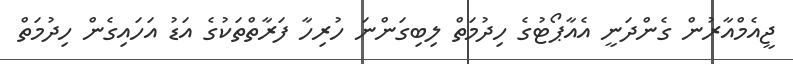
ޖީއެމްއާރުން ގެންދަނީ އެއާޕޯޓުގެ ހިދުމަތް ލިބިގަންނަ ހުރިހާ ފަރާތްތަކުގެ އަޑު އަހައިގެން ހިދުމަތް